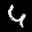
Label: 4